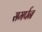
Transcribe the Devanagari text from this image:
समर्पन